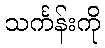
သင်္ကန်းကို